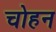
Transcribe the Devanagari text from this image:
चोहन